Indian journal of veterinary science and animal husbandry - Volume 4,
Year: 1934
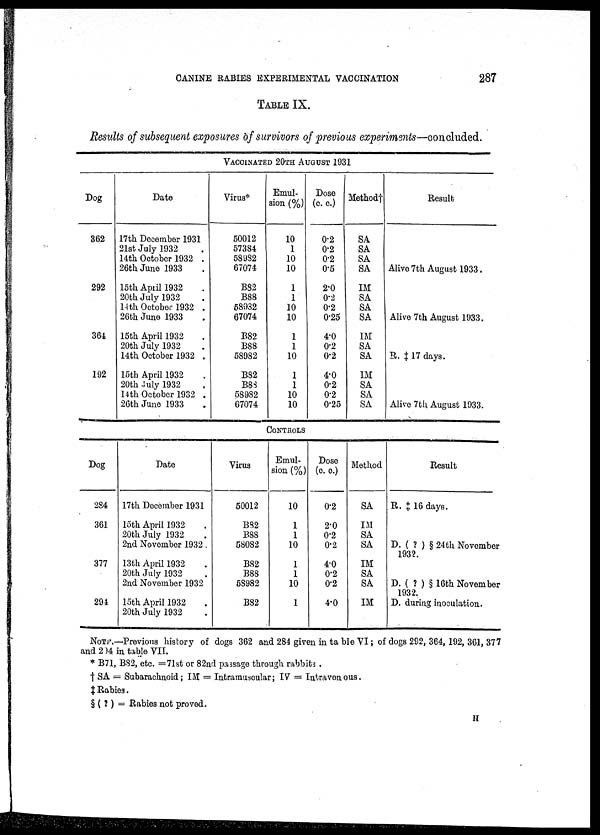
CANINE RABIES EXPERIMENTAL VACCINATION
287
TABLE IX.
Results of subsequent exposures of survivors of 'previous experiments—concluded.
Dog
362
292
364
192
Date
17th December 1931
21st July 1932
14th October 1932 .
26th June 1933
15th April 1932
20th July 1932
14th October 1932 .
26th June 1933
15th April 1932
20th July 1932
14th October 1932 .
15th April 1932
20th July 1932
14th October 1932 .
26th June 1933
VACCINATED 20TH AUGUST 1931
Virus*
50012
57384
58982
67074
B82
B88
58932
67074
B82
B88
58982
B82
B88
58982
67074
Emul-
sion (%)
10
1
10
10
1
1
10
10
1
1
10
1
1
10
10
Dose
(c. c.)
0.2
0.2
0.2
0.5
2.0
0.2
0.2
0.25
4.0
0.2
0.2
4.0
0.2
0.2
0.25
Method†
SA
SA
SA
SA
IM
SA
SA
SA
IM
SA
SA
IM
SA
SA
SA
Result
Alive 7th August 1933.
Alive 7th August 1933.
R. ‡17 days.
Alive 7th August 1933.
CONTROLS
Bog
284
361
377
294
Date
17th December 1931
15th April 1932
20th July 1932
2nd November 1932
13th April 1932
20th July 1932
2nd November 1932
15th April 1932
20th July 1932
Virus
50012
B82
B88
58082
B82
B88
58982
B82
Emul-
sion (%)
10
1
1
10
1—1
1
10
1
Dose
(c. c.)
0.2
2.0
0.2
0.2
4.0
0.2
0.2
4.0
Method
SA
IM
SA
SA
IM
SA
SA
IM
Result
R. ‡ 16 days.
D. ( ? ) § 24th November
1932.
D. ( ? ) § 16th November
1932.
D. during inoculation.
NOTE—Previous history of dogs 362 and 284 given in table VI; of dogs 292, 364, 192, 361, 377
and 294 in table VII.
* B71, B82, etc. =71st or 82nd passage through rabbits .
† SA = Subarachnoid; IM = Intramuscular; IV = Intravenous.
‡ Rabies.
§ ( ? ) = Rabies not proved.
H